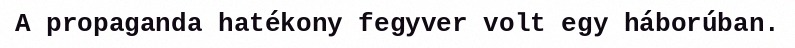
A propaganda hatékony fegyver volt egy háborúban.